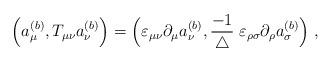
LaTeX: \begin{align*}\Big( a^{(b)}_\mu,T_{\mu \nu} a^{(b)}_\nu \Big) =\Big( \varepsilon_{\mu \nu} \partial_\mu a^{(b)}_\nu, \frac{-1}{\triangle}\; \varepsilon_{\rho \sigma} \partial_\rho a^{(b)}_\sigma \Big) \; ,\end{align*}